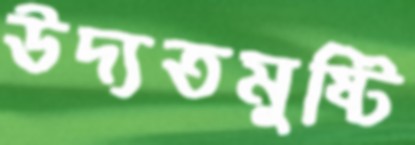
উদ্যতমুষ্টি